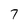
Character: 7